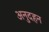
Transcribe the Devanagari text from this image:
अनुदहन